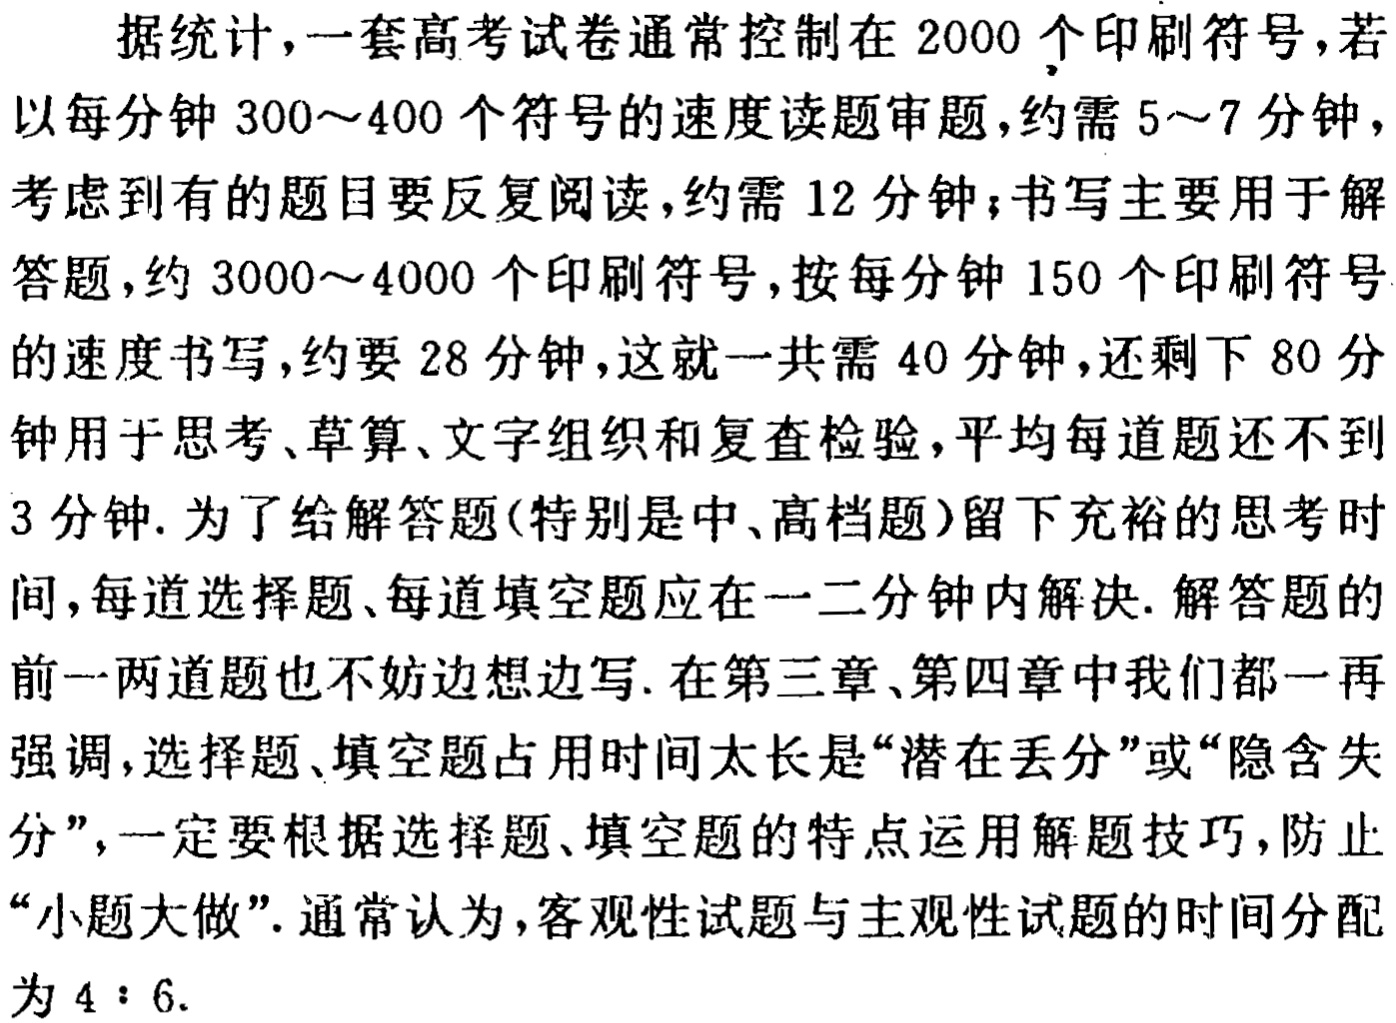
据统计，一套高考试卷通常控制在 \(2000\) 个印刷符号，若以每分钟 \(300\sim400\) 个符号的速度读题审题，约需 \(5\sim7\) 分钟，考虑到有的题目要反复阅读，约需 \(12\) 分钟；书写主要用于解答题，约 \(3000\sim4000\) 个印刷符号，按每分钟 \(150\) 个印刷符号的速度书写，约要 \(28\) 分钟，这就一共需 \(40\) 分钟，还剩下 \(80\) 分钟用于思考、草算、文字组织和复查检验，平均每道题还不到 \(3\) 分钟. 为了解答题(特别是中、高档题)留下充裕的思考时间，每道选择题、每道填空题应在一二分钟内解决. 解答题的前一两道题也不妨边想边写. 在第三章、第四章中我们都一再强调，选择题、填空题占用时间太长是“潜在丢分”或“隐含失分”，一定要根据选择题、填空题的特点运用解题技巧，防止“小题大做”. 通常认为，客观性试题与主观性试题的时间分配为 \(4:6\).